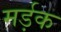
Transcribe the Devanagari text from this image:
मर्ड़क